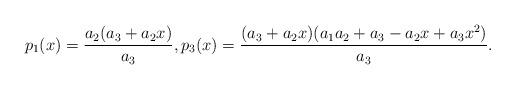
LaTeX: \begin{align*}p_1(x)=\frac{a_2 (a_3 + a_2 x)}{a_3},p_3(x)=\frac{(a_3 + a_2 x) (a_1 a_2 + a_3 - a_2 x + a_3 x^2)}{a_3}.\end{align*}